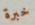
خبرة